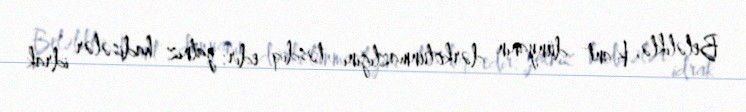
Beləliklə, Kant dünyanın dərkolunmazlığını təsdiq edir: yalnız hadisələr idrak